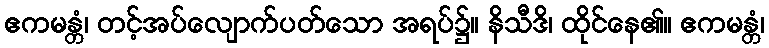
ဧကမန္တံ၊ တင့်အပ်လျောက်ပတ်သော အရပ်၌။ နိသီဒိ၊ ထိုင်နေ၏။ ဧကမန္တံ၊